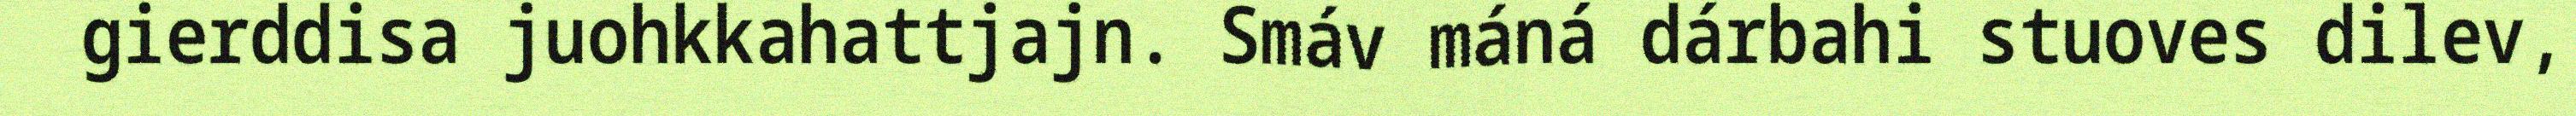
gierddisa juohkkahattjajn. Smáv máná dárbahi stuoves dilev,